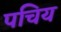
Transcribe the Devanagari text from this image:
पचिय